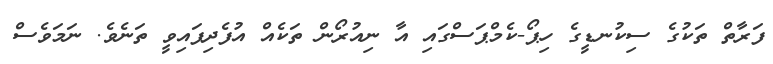
ފަރާތް ތަކުގެ ސިކުނޑީގެ ހިޕޯ-ކެމްޕަސްގައި އާ ނިއުރޯން ތަކެއް އުފެދިފައިވީ ތަނެވެ. ނަމަވެސް